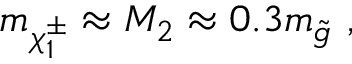
m _ { \chi _ { 1 } ^ { \pm } } \approx M _ { 2 } \approx 0 . 3 m _ { \tilde { g } } \ ,